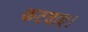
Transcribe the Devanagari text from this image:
कटवाए।